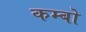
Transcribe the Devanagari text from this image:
कम्बो